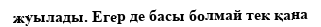
жуылады. Егер де басы болмай тек қана